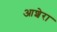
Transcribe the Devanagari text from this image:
आशेरा